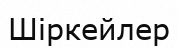
Шіркейлер